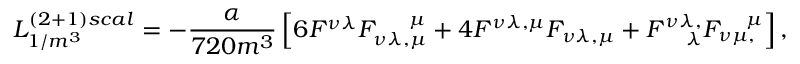
{ \cal L } _ { 1 / m ^ { 3 } } ^ { ( 2 + 1 ) s c a l } = - \frac { \alpha } { 7 2 0 m ^ { 3 } } \left[ 6 F ^ { \nu \lambda } F _ { \nu \lambda , \mu } ^ { ~ ~ ~ ~ \mu } + 4 F ^ { \nu \lambda , \mu } F _ { \nu \lambda , \mu } + F _ { ~ ~ ~ \lambda } ^ { \nu \lambda , } F _ { \nu \mu , } ^ { ~ ~ ~ \mu } \right] ,